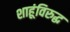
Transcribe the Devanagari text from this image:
शाहूंविरुद्घ